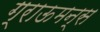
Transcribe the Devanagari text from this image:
ग्राऊमन्स